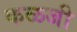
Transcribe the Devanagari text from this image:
कळजी